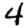
Digit: 4